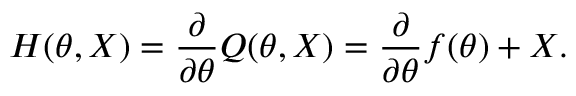
H ( \theta , X ) = { \frac { \partial } { \partial \theta } } Q ( \theta , X ) = { \frac { \partial } { \partial \theta } } f ( \theta ) + X .